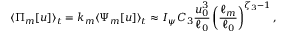
\langle \Pi _ { m } [ u ] \rangle _ { t } = k _ { m } \langle \Psi _ { m } [ u ] \rangle _ { t } \approx I _ { \psi } C _ { 3 } \frac { u _ { 0 } ^ { 3 } } { \ell _ { 0 } } \left( \frac { \ell _ { m } } { \ell _ { 0 } } \right) ^ { \zeta _ { 3 } - 1 } ,